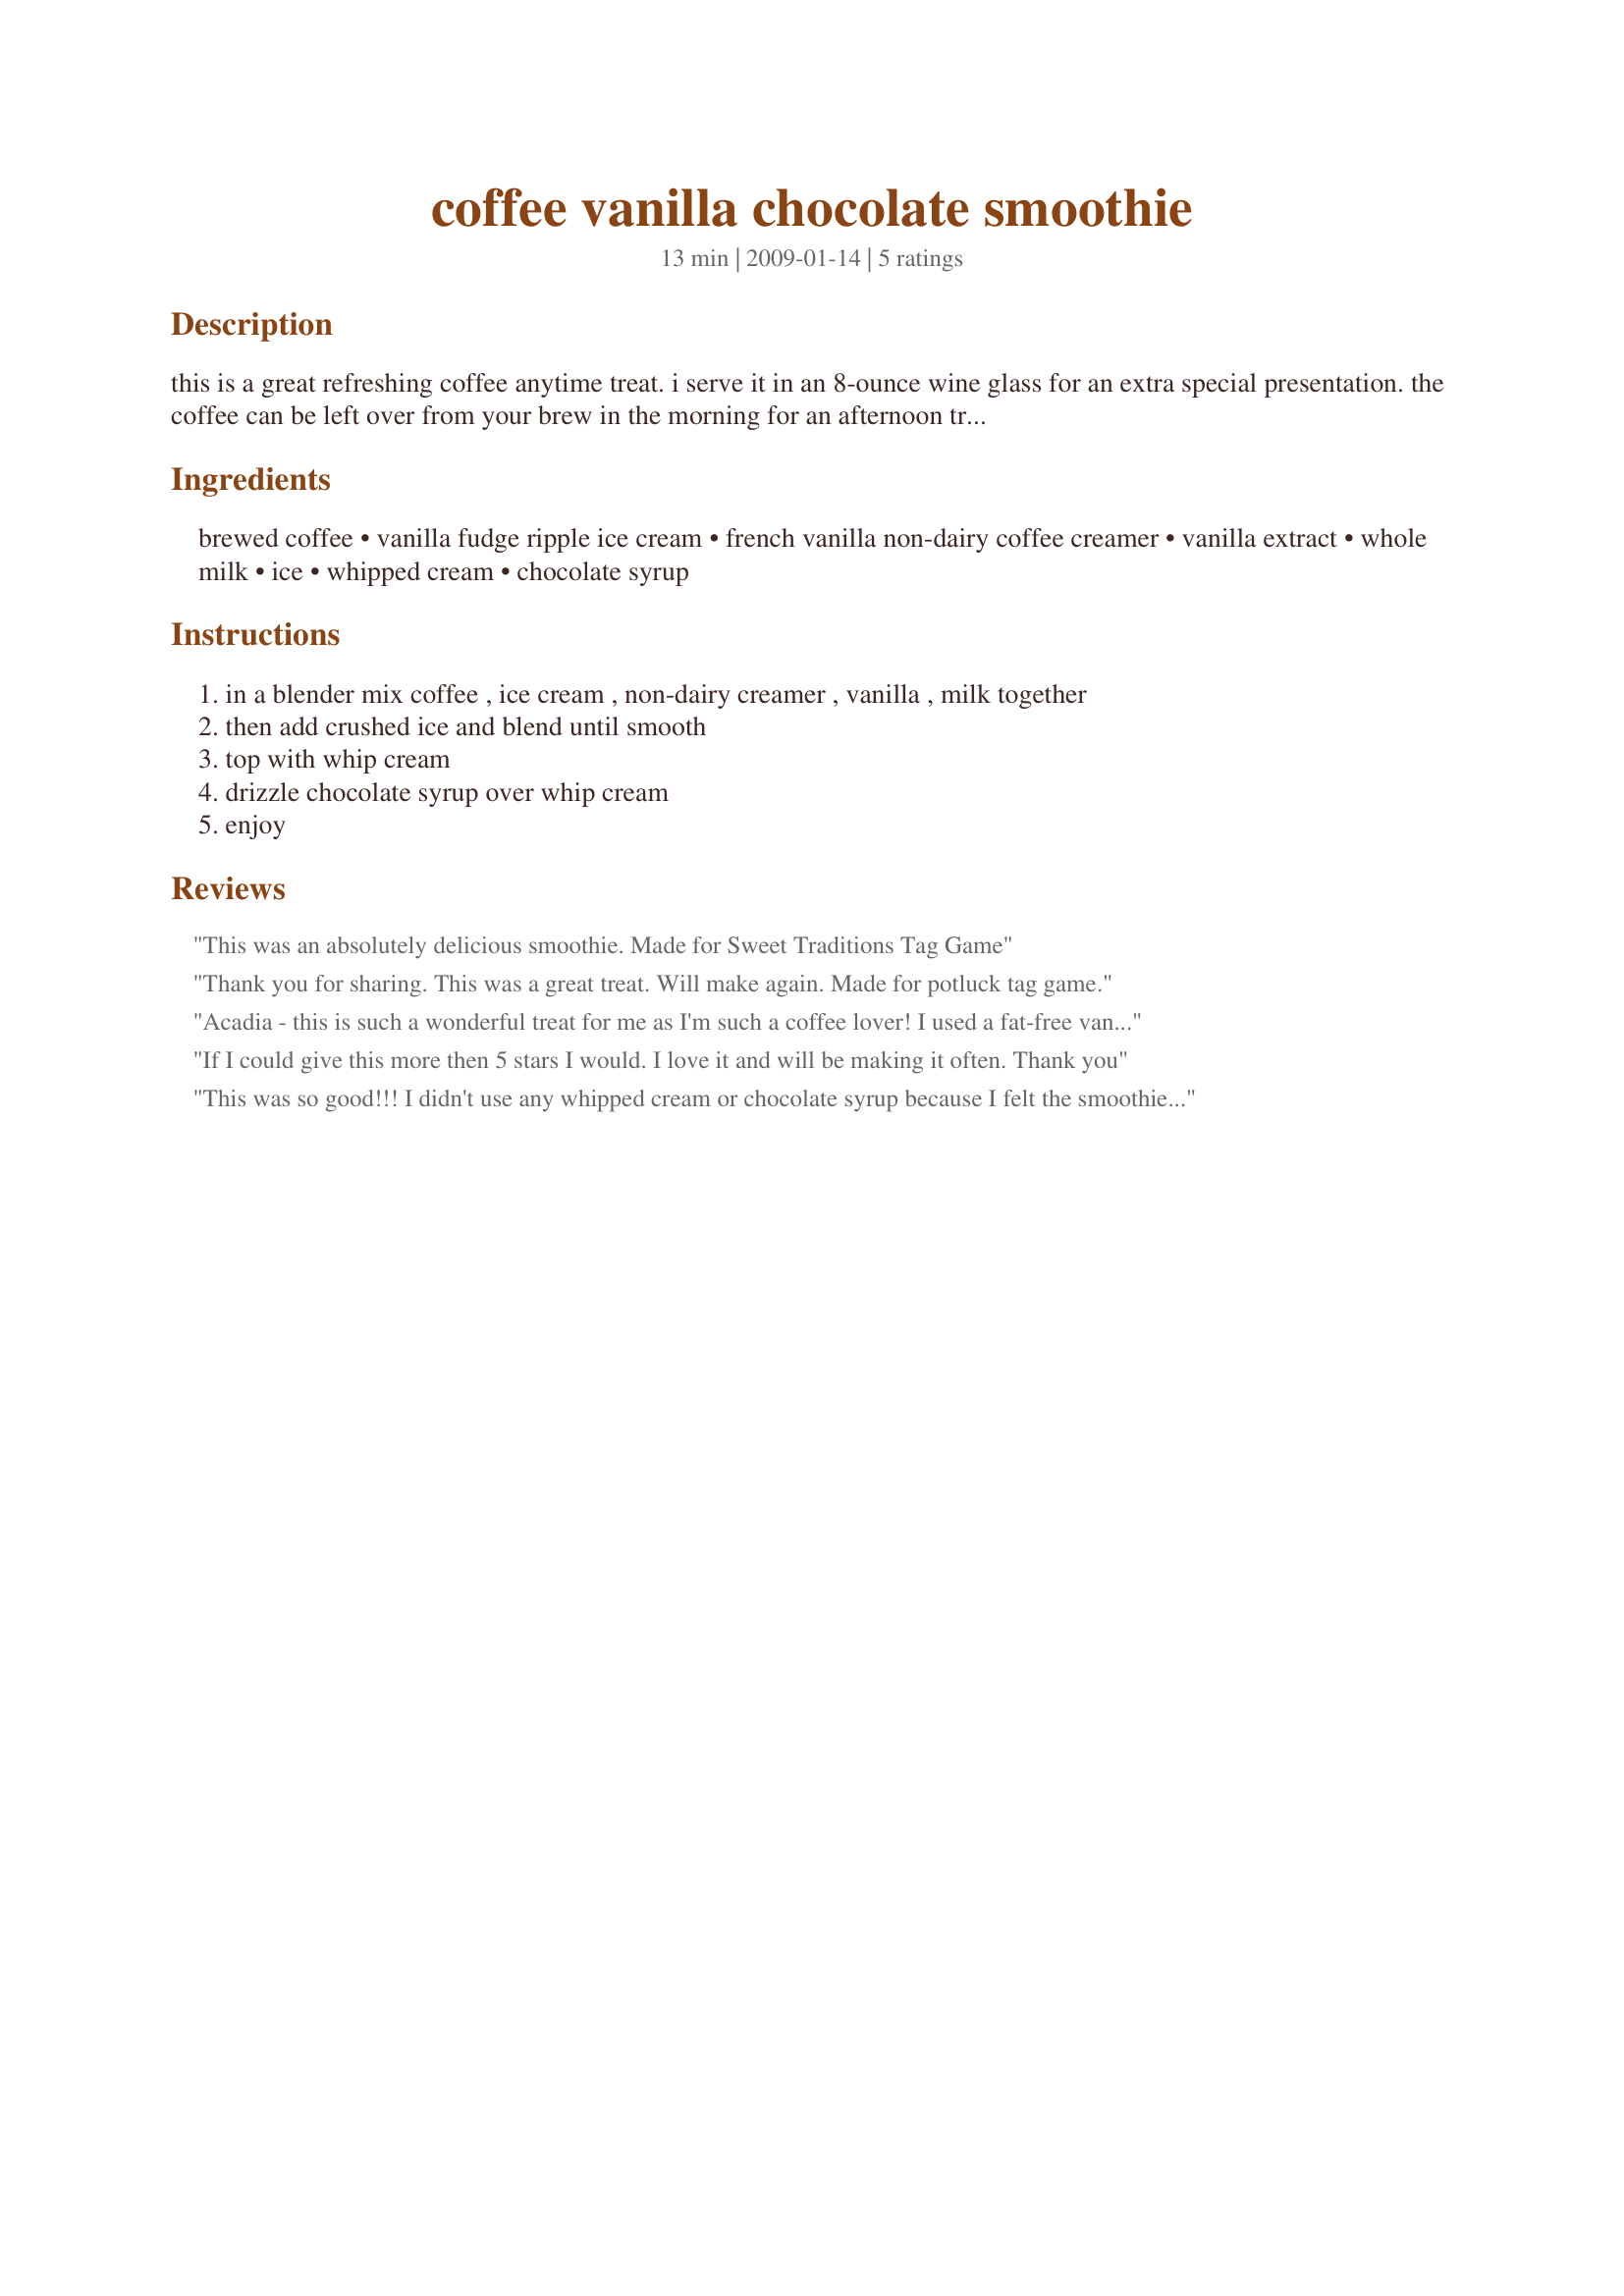
coffee vanilla chocolate smoothie
Preparation time: 13 minutes

this is a great refreshing coffee anytime treat. i serve it in an 8-ounce wine glass for an extra special presentation. the coffee can be left over from your brew in the morning for an afternoon treat by placing it in the refrigerator.

*cooking time is mixing time in blender.

Ingredients:
brewed coffee, vanilla fudge ripple ice cream, french vanilla non-dairy coffee creamer, vanilla extract, whole milk, ice, whipped cream, chocolate syrup

Steps:
in a blender mix coffee , ice cream , non-dairy creamer , vanilla , milk together
then add crushed ice and blend until smooth
top with whip cream
drizzle chocolate syrup over whip cream
enjoy

Reviews:
This was an absolutely delicious smoothie. Made for Sweet Traditions Tag Game
Thank you for sharing. This was a great treat. Will make again. Made for potluck tag game.
Acadia - this is such a wonderful treat for me as I'm such a coffee lover! I used a fat-free vanilla/chocolate ice cream and used 1% milk but those were just minor adjustments to save a few calories. I loved the flavor and it was definitely a treat for me on one of our warmer spring-like days. I'll look forward to making this more in the summer months too! Tagged in the Potluck Tag game.
If I could give this more then 5 stars I would. I love it and will be making it often. Thank you
This was so good!!! I didn't use any whipped cream or chocolate syrup because I felt the smoothie was rich and creamy enough without it! It's so refreshing, especially now that it is warm outside!
